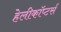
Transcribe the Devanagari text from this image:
हेलीकॉप्टर्स